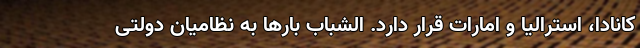
کانادا، استرالیا و امارات قرار دارد. الشباب بارها به نظامیان دولتی